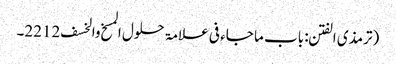
(ترمذی الفتن: باب ما جاء فی علامۃ حلول المسخ والخسف 2212۔